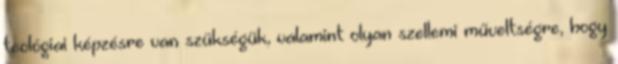
teológiai képzésre van szükségük, valamint olyan szellemi műveltségre, hogy